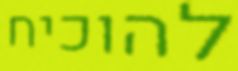
להוכיח